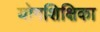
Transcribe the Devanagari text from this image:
योगशिक्षिका